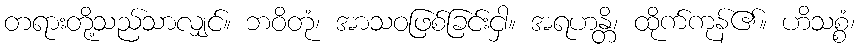
တရားတို့သည်သာလျှင်။ ဘဝိတုံ၊ အာသဝဖြစ်ခြင်းငှါ။ အရဟန္တိ၊ ထိုက်ကုန်၏။ ဟိသစ္စံ၊